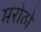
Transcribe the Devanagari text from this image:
मरोठो